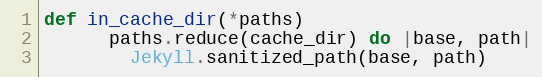
Language: Ruby
def in_cache_dir(*paths)
      paths.reduce(cache_dir) do |base, path|
        Jekyll.sanitized_path(base, path)